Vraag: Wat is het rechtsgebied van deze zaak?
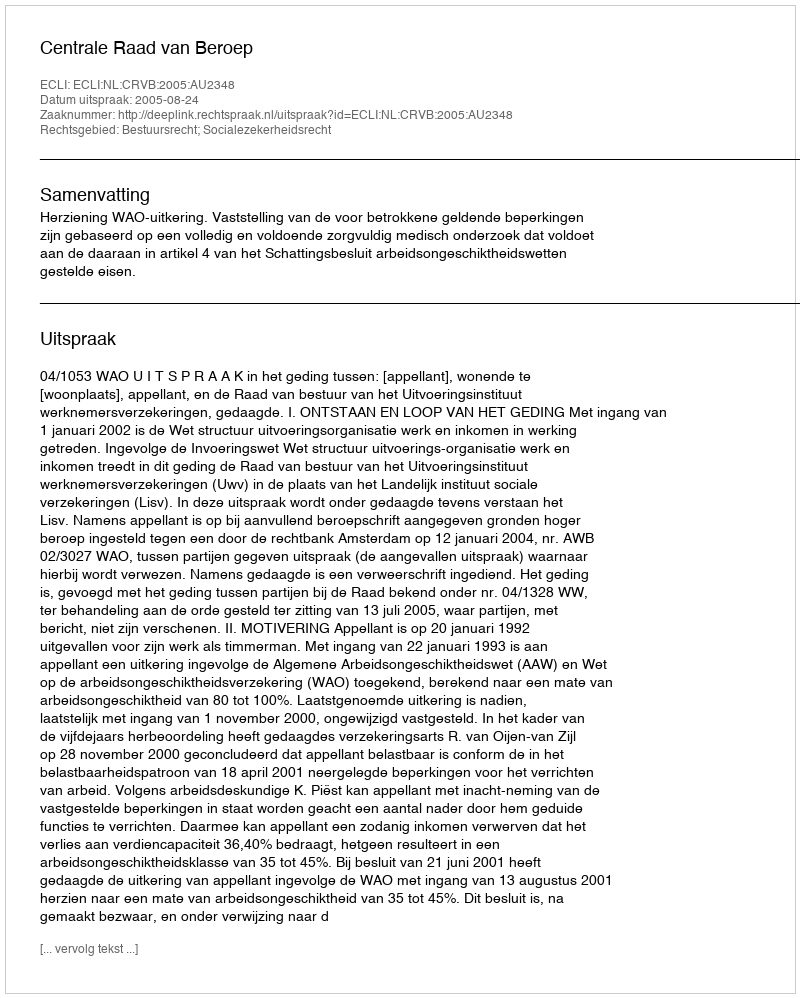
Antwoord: Bestuursrecht; Socialezekerheidsrecht